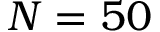
N = 5 0